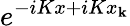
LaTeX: e^{-iKx+iKx_{\mathbf{k}}}